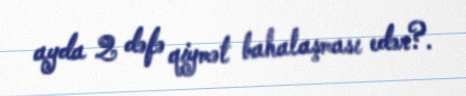
ayda 2 dəfə qiymət bahalaşması edər?.